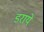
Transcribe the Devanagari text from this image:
डराये